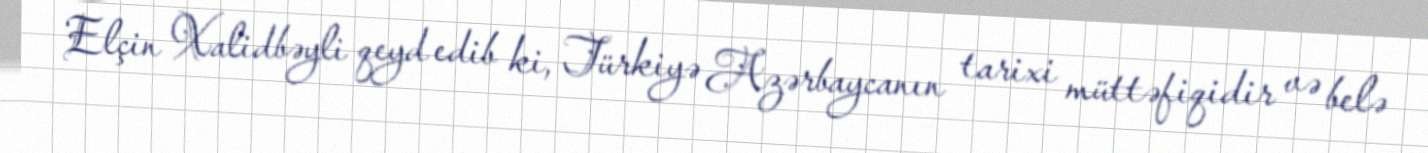
Elçin Xalidbəyli qeyd edib ki, Türkiyə Azərbaycanın tarixi müttəfiqidir və belə